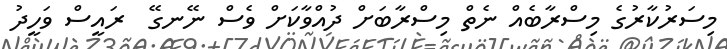
މިސަރުކާރުގެ މިސްރާބެއް ނެތް މިސްރާބަށް ދުއްވާކަށް ވެސް ނޭނގޭ  ރައީސް ވަހީދު